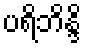
ပရိဘိန္ဒိ